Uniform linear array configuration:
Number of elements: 16
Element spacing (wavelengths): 0.25
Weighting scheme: blackman
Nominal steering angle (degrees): -15
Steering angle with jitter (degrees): -13.241
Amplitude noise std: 0.05
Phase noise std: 0.05

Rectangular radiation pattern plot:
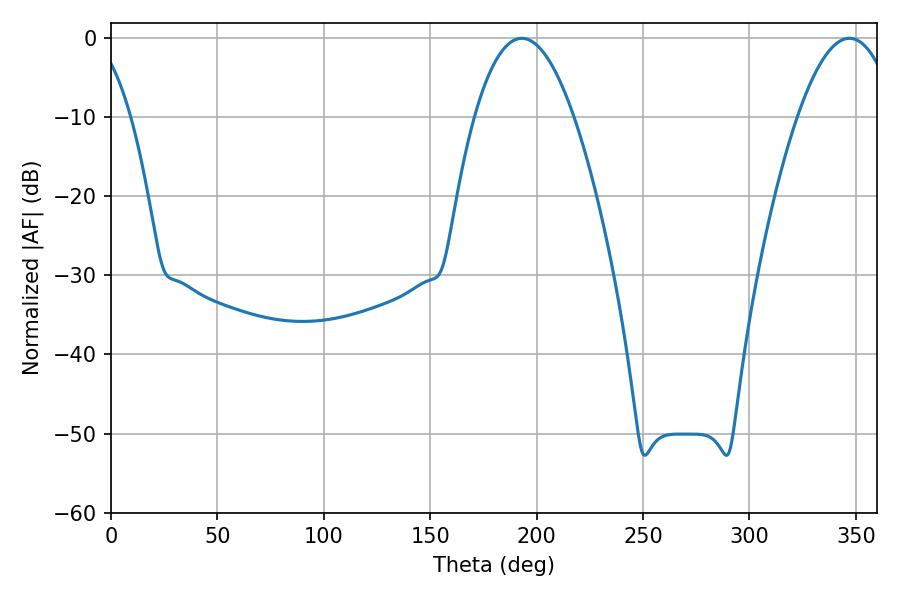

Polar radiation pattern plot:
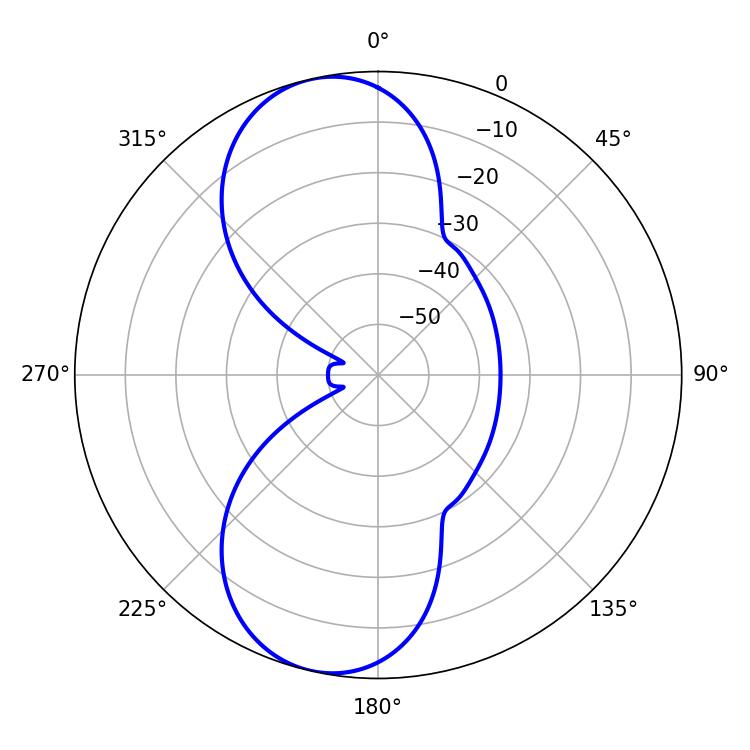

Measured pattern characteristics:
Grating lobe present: FALSE
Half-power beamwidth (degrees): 25.56
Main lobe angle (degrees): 192.96